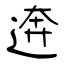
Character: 逩